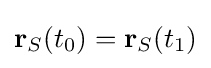
\mathbf {r} _{S}(t_{0})=\mathbf {r} _{S}(t_{1})